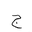
Letter: _gim